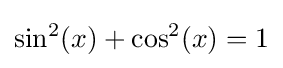
\sin ^{2}(x)+\cos ^{2}(x)=1